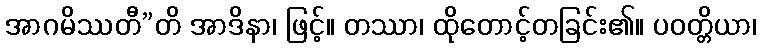
အာဂမိဿတီ”တိ အာဒိနာ၊ ဖြင့်။ တဿာ၊ ထိုတောင့်တခြင်း၏။ ပဝတ္တိယာ၊